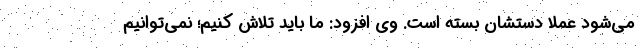
می‌شود عملا دستشان بسته است. وی افزود: ما باید تلاش کنیم؛ نمی‌توانیم